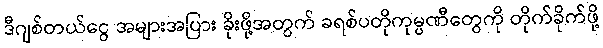
ဒီဂျစ်တယ်ငွေ အများအပြား ခိုးဖို့အတွက် ခရစ်ပတိုကုမ္ပဏီတွေကို တိုက်ခိုက်ဖို့